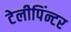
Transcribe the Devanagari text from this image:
टेलीपिंन्टर